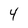
Character: 4